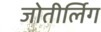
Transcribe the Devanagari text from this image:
जोतीर्लिग